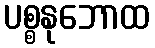
ပစ္စနုဘောထ